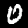
Digit: 0